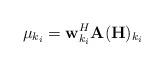
LaTeX: \begin{align*}\mu_{k_i}=\mathbf{w}_{k_i}^H\mathbf{A}(\mathbf{H})_{k_{i}}\end{align*}